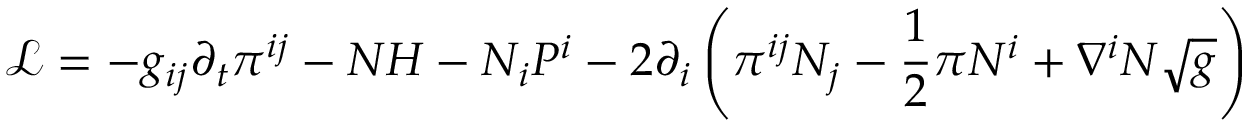
{ \mathcal { L } } = - g _ { i j } \partial _ { t } \pi ^ { i j } - N H - N _ { i } P ^ { i } - 2 \partial _ { i } \left( \pi ^ { i j } N _ { j } - { \frac { 1 } { 2 } } \pi N ^ { i } + \nabla ^ { i } N { \sqrt { g } } \right)